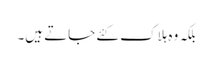
بلکہ وہ ہلاک کئے جاتے ہیں۔